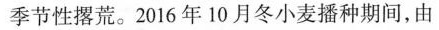
季节性撂荒。2016年10月冬小麦播种期间，由